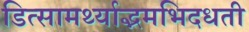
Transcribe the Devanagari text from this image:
डित्सामर्थ्याद्भमभिदधती